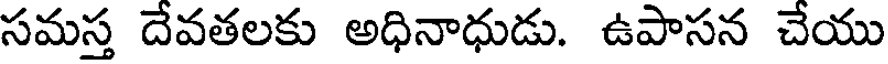
సమస్త దేవతలకు అధినాధుడు. ఉపాసన చేయు